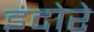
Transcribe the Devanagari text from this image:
इंदोरे